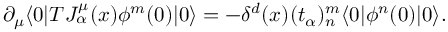
\partial _ { \mu } \langle 0 | T J _ { \alpha } ^ { \mu } ( x ) \phi ^ { m } ( 0 ) | 0 \rangle = - \delta ^ { d } ( x ) ( t _ { \alpha } ) _ { n } ^ { m } \langle 0 | \phi ^ { n } ( 0 ) | 0 \rangle .